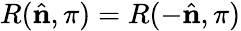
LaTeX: R({\hat{\mathbf{n}}},\pi)=R(-{\hat{\mathbf{n}}},\pi)